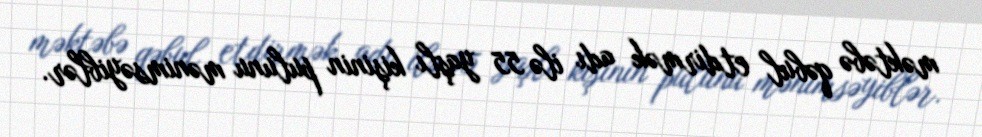
məktəbə qəbul etdirmək adı ilə 55 yaşlı kişinin pulunu mənimsəyiblər.